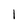
Character: l